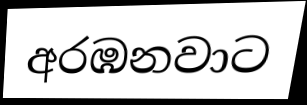
අරඹනවාට